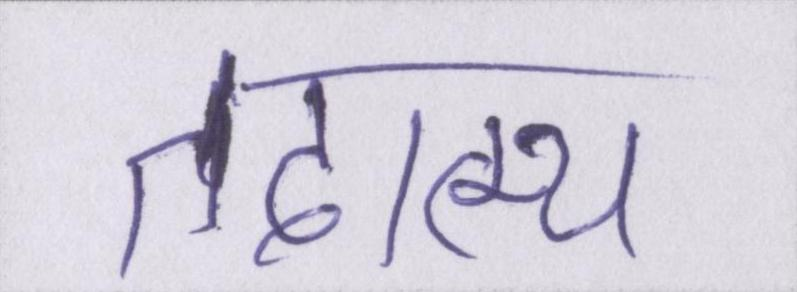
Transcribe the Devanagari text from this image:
तदात्म्य